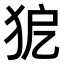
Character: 𤝤